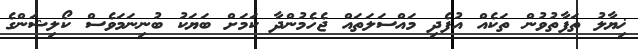
ޚިޔާލު ތަފާތުވުން ތަކެއް އުފެދި މައްސަލަތައް ޖެހެމުންދާ ކަމަށް ބަޔަކު ބުނިނަމަވެސް ކޯލިޝަންގެ